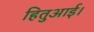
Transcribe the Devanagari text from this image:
हितुआई।